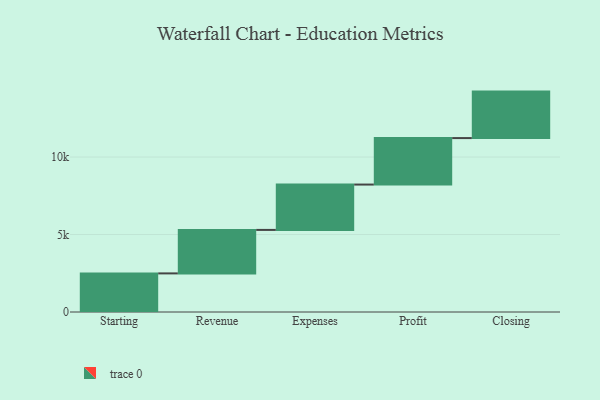
{"axis": {"x": "Step", "y": "Value"}, "legend": [""], "data": [{"x": "Starting", "y": 2491.0, "type": ""}, {"x": "Revenue", "y": 2807.0, "type": ""}, {"x": "Expenses", "y": 2927.0, "type": ""}, {"x": "Profit", "y": 3000, "type": ""}, {"x": "Closing", "y": 3000, "type": ""}]}